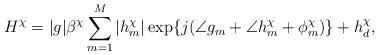
LaTeX: \begin{align*} H^\chi = |g|\beta^\chi \sum_{m=1}^M |h^\chi_m| \exp\{ j(\angle{g_m}+\angle{h^\chi_m+\phi^\chi_m}) \}+h^\chi_d,\end{align*}